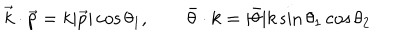
\vec { k } \cdot \vec { p } = k | \vec { p } | \cos \theta _ { 1 } , \qquad \bar { \theta } \cdot k = | \bar { \theta } | k \sin \theta _ { 1 } \cos \theta _ { 2 }